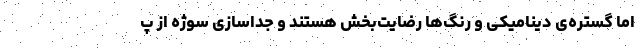
اما گستره‌ی دینامیکی و رنگ‌ها رضایت‌بخش هستند و جداسازی سوژه از پ